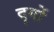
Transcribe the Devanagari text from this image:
दृगों